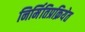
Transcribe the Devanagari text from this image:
निर्मितिप्रक्रियेत